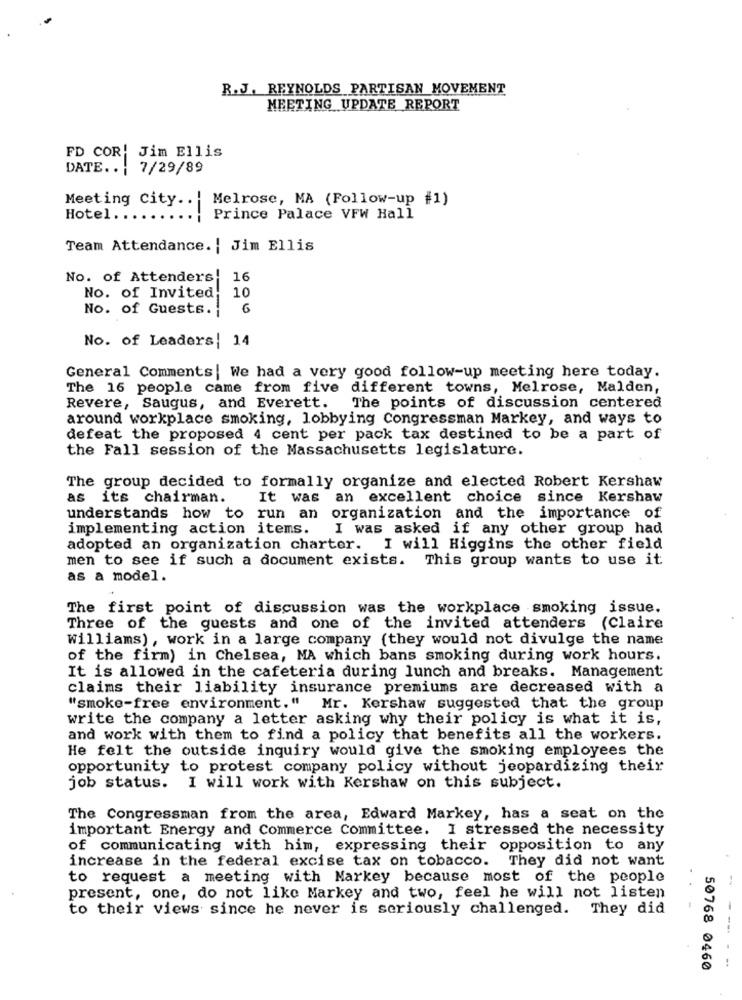
R.J. REYNOLDS PARTISAN MOVEMENT
MEETING UPDATE REPORT
FD COR! Jim Ellis
DATE ... 7/29/89
Melrose, MA (Follow-up #1)
Meeting city ..
Hotel ...
Prince Palace VFW Hall
Team Attendance.| Jim Ellis
No. of Attenders!
16
No. of Invited, 10
No. of Guests.
6
No. of Leaders!
14
General Comments| We had a very good follow-up meeting here today.
The 16 people came from five different towns, Melrose, Malden,
Revere, Saugus, and Everett.
The points of discussion centered
around workplace smoking, lobbying Congressman Markey, and ways to
defeat the proposed 4 cent per pack tax destined to be a part of
the Fall session of the Massachusetts legislature.
The group decided to formally organize and elected Robert Kershaw
as its chairman.
It was an excellent choice since Kershaw
understands how to run an organization and the importance of
implementing action items. I was asked if any other group had
adopted an organization charter. I will Higgins the other field
men to see if such a document exists. This group wants to use it
as a model.
The first point of discussion was the workplace smoking issue.
Three of the guests and one of the invited attenders (Claire
Williams), work in a large company (they would not divulge the name
of the firm) in Chelsea, MA which bans smoking during work hours.
It is allowed in the cafeteria during lunch and breaks. Management
claims their liability insurance premiums are decreased with a
"smoke-free environment." Mr. Kershaw suggested that the group
write the company a letter asking why their policy is what it is,
and work with them to find a policy that benefits all the workers.
He felt the outside inquiry would give the smoking employees the
opportunity to protest company policy without jeopardizing their
job status. I will work with Kershaw on this subject.
The Congressman from the area, Edward Markey, has a seat on the
important Energy and Commerce Committee. I stressed the necessity
of communicating with him, expressing their opposition to any
increase in the federal excise tax on tobacco. They did not want
to request a meeting with Markey because most of the people
-
present, one, do not like Markey and two, feel he will not listen
to their views since he never is seriously challenged. They did
.. -
50768 0460